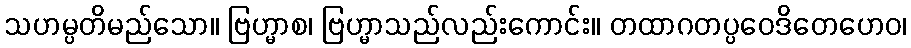
သဟမ္ပတိမည်သော။ ဗြဟ္မာစ၊ ဗြဟ္မာသည်လည်းကောင်း။ တထာဂတပ္ပဝေဒိတေဟေဝ၊